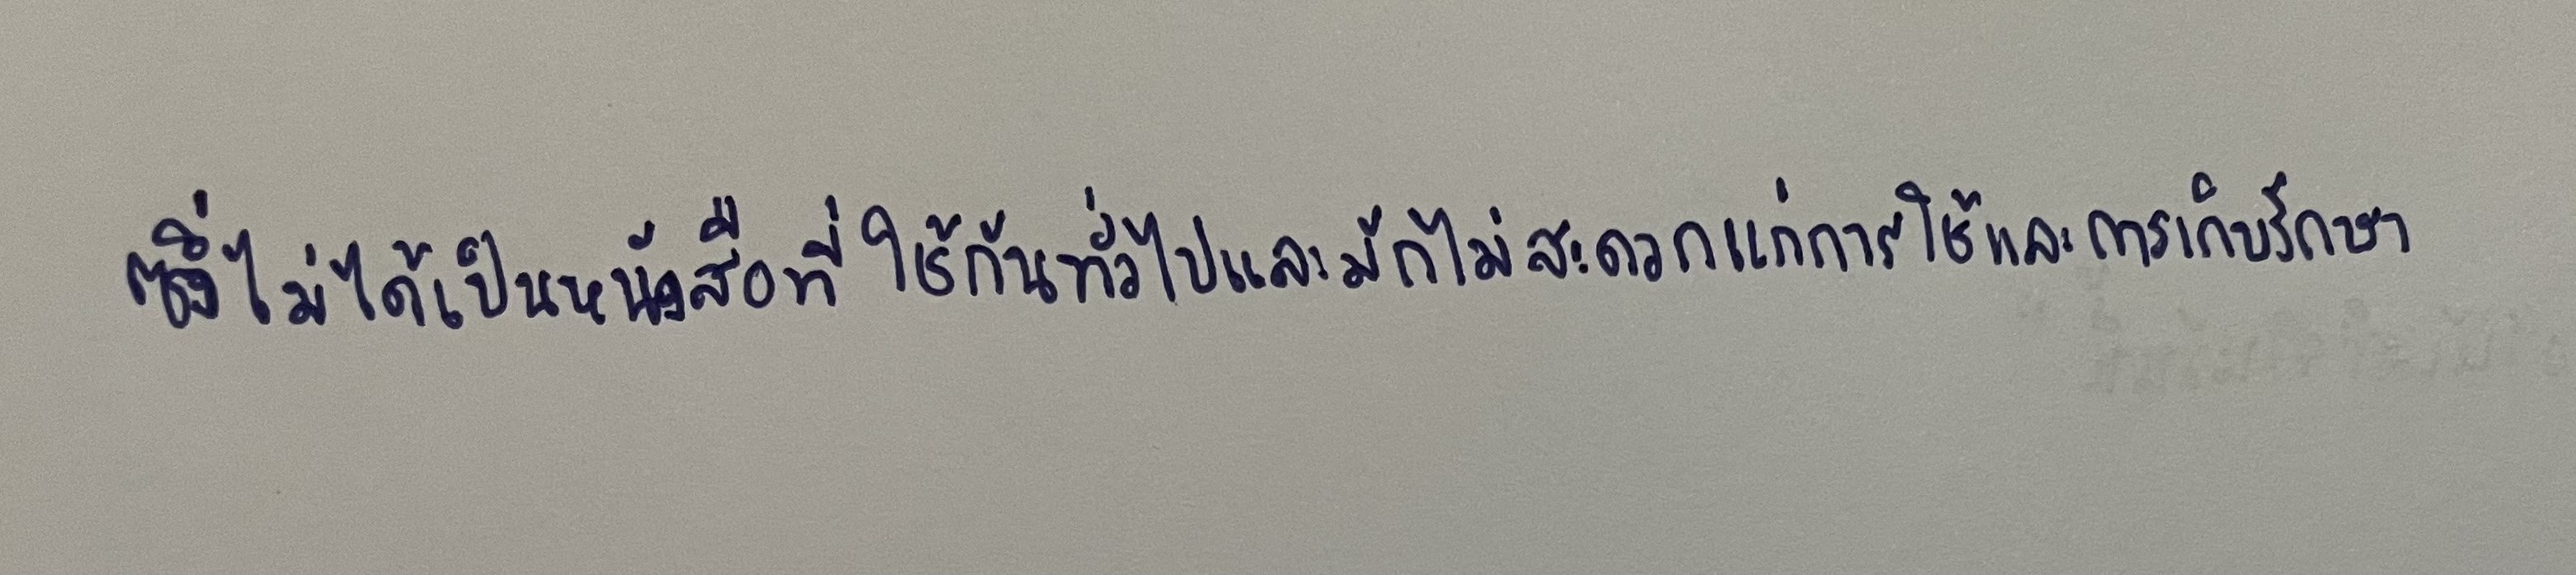
ซึ่งไม่ได้เป็นหนังสือที่ใช้กันทั่วไปและมักไม่สะดวกแก่การใช้และการเก็บรักษา